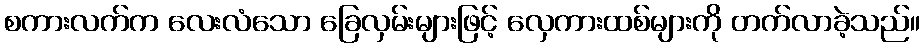
စကားလက်က လေးလံသော ခြေလှမ်းများဖြင့် လှေကားထစ်များကို တက်လာခဲ့သည်။